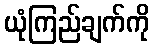
ယုံကြည်ချက်ကို